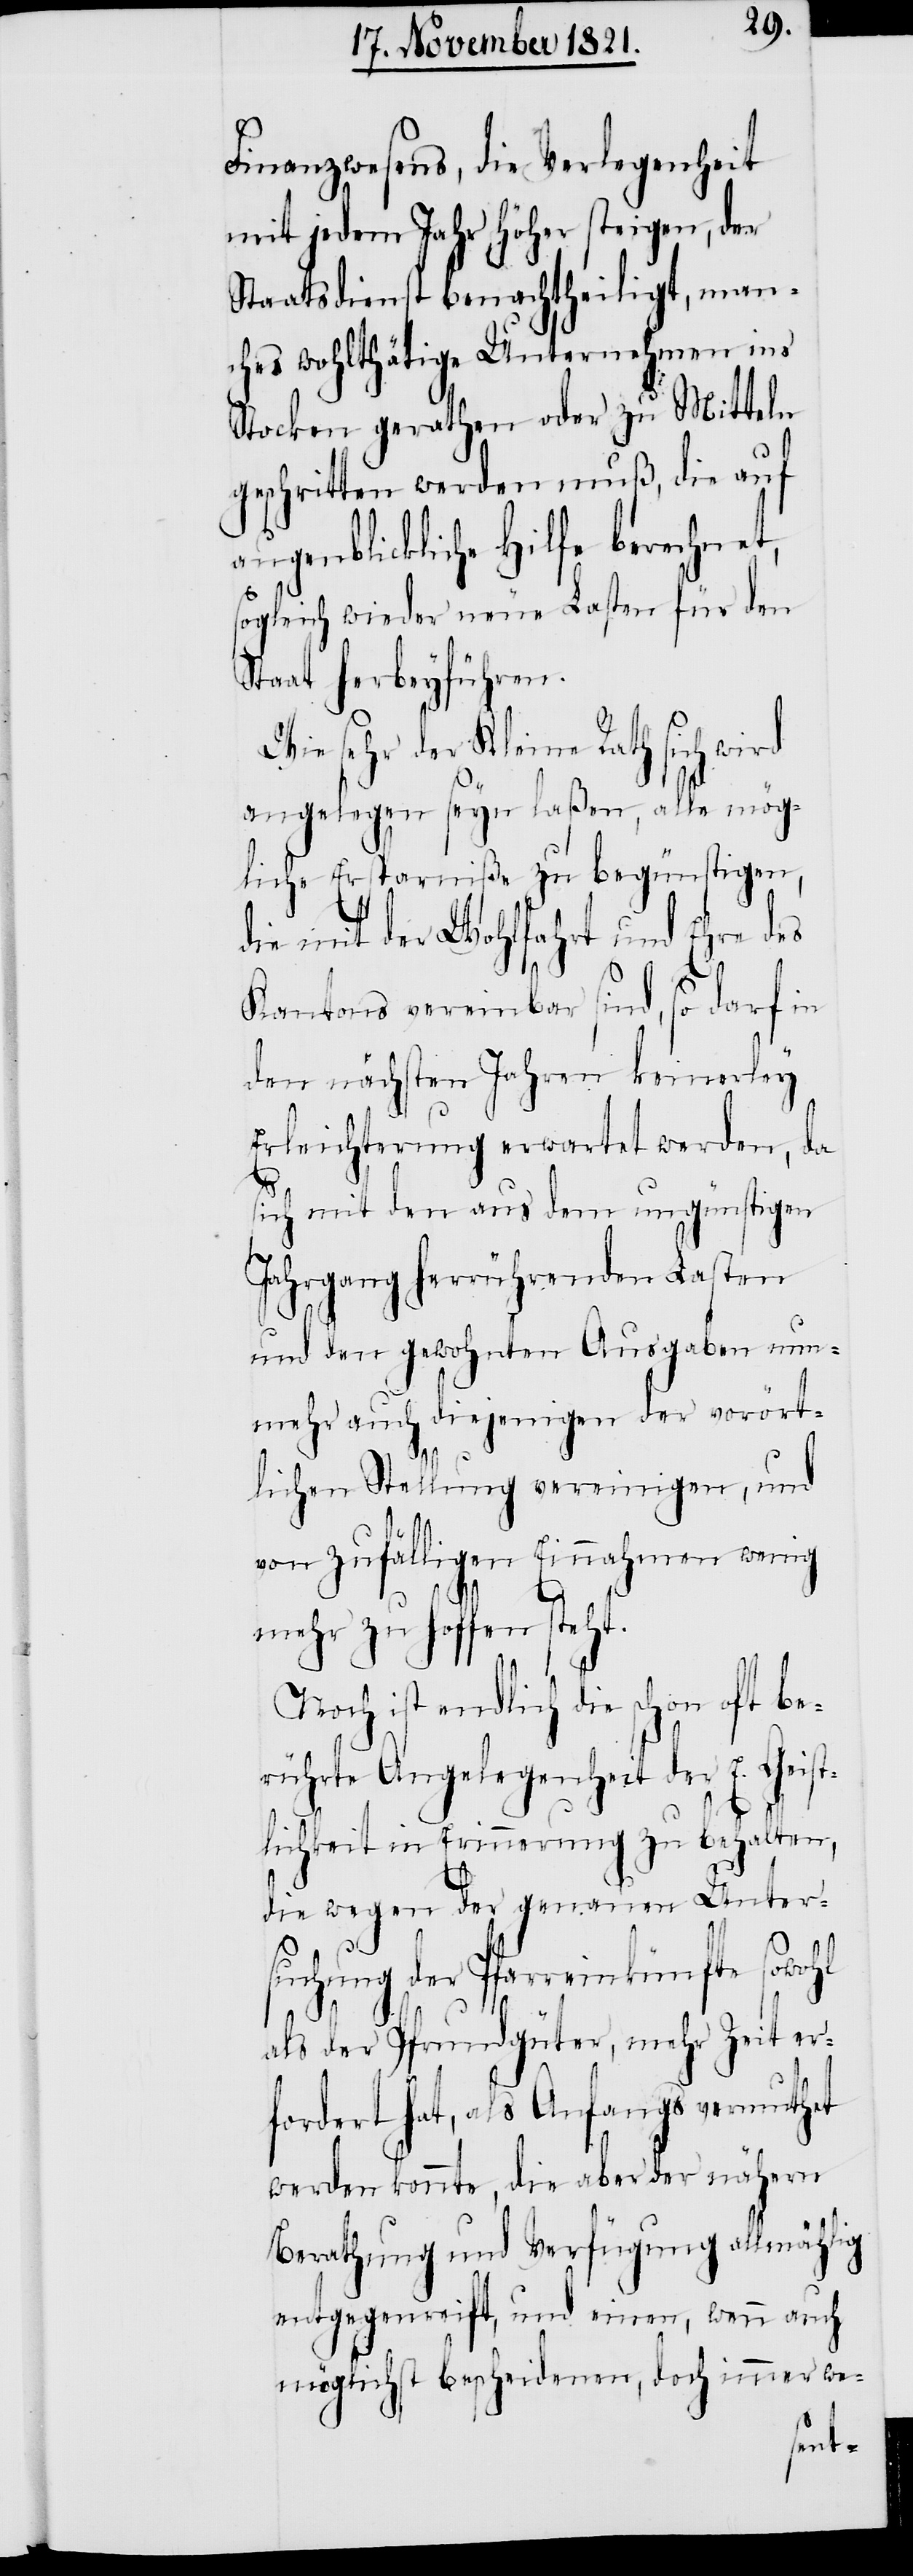
Finanzwesens, die Verlegenheit
mit jedem Jahr höher steigen, der
Staatsdienst benachtheiligt, man¬
ches wohlthätige Unternehmen ins
Stocken gerathen oder zu Mitteln
geschritten werden muß, die auf
augenblickliche Hilfe berechnet,
sogleich wieder neue Lasten für den
Staat herbeyführen.
Wie sehr der Kleine Rath sich wird
angelegen seyn laßen, alle mög¬
liche Ersparniße zu begünstigen,
die mit der Wohlfahrt und Ehre des
Kantons vereinbar sind, so darf in
den nächsten Jahren keinerley
Erleichterung erwartet werden, da
sich mit den aus dem ungünstigen
Jahrgang herrührenden Lasten
und den gewohnten Ausgaben nun¬
mehr auch diejenigen der vorört¬
lichen Stellung vereinigen, und
von zufälligen Einnahmen wenig
mehr zu hoffen steht.
Noch ist endlich die schon oft be¬
rührte Angelegenheit der E. Geist¬
lichkeit in Erinnerung zu behalten,
die wegen der genauen Unter¬
suchung der Pfarreinkünfte sowohl
als der Pfrundgüter, mehr Zeit er¬
fordert hat, als Anfangs vermuthet
werden konnte, die aber der nähern
Berathung und Verfügung allmählig
entgegenreift, und einen, wenn auch
möglichst bescheidenen, doch immer we-